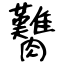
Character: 臡